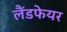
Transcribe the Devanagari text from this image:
लैंडफेयर